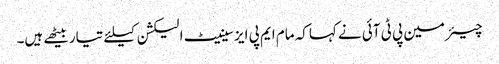
چیئرمین پی ٹی آئی نے کہاکہ مام ایم پی ایز سینیٹ الیکشن کیلئے تیاربیٹھے ہیں۔